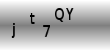
Text: jt7QY